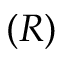
( R )